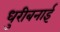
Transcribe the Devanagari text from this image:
धुरीबनाई